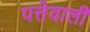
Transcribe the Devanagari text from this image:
पत्तेवाली